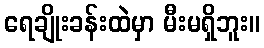
ရေချိုးခန်းထဲမှာ မီးမရှိဘူး။